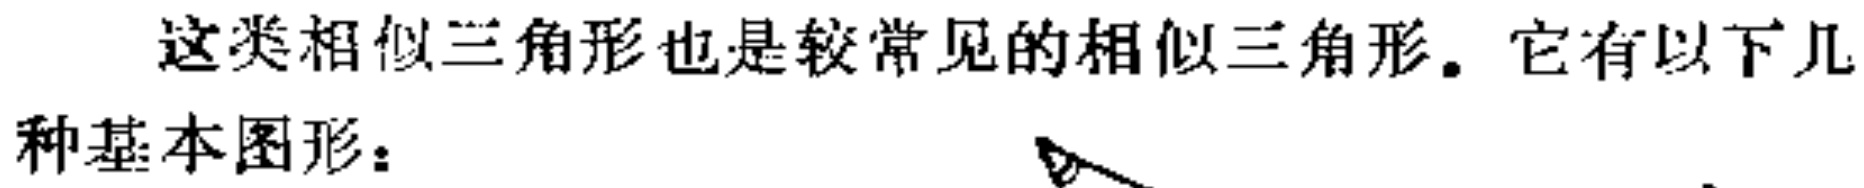
这类相似三角形也是较常见的相似三角形。它有以下几种基本图形：